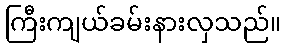
ကြီးကျယ်ခမ်းနားလှသည်။